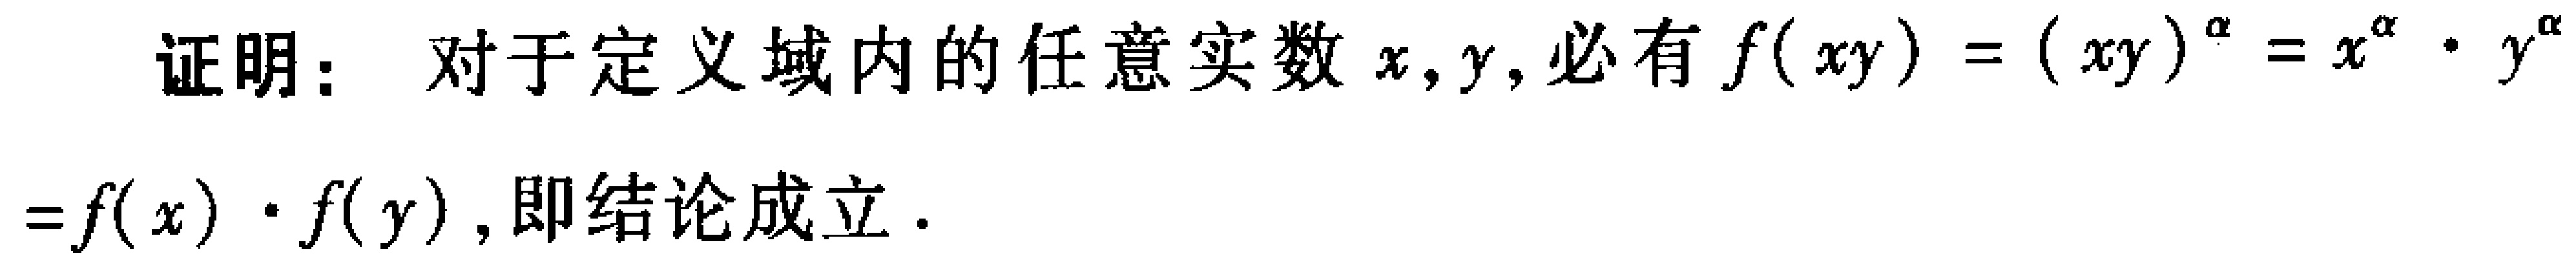
证明：对于定义域内的任意实数 \(x,y\)，必有 \(f(xy)=(xy)^{\alpha}=x^{\alpha}\cdot y^{\alpha}=f(x)\cdot f(y)\)，即结论成立。